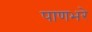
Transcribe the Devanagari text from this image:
पाणभरे